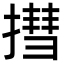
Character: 㨹